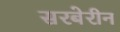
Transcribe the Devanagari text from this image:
सरबेरीन